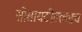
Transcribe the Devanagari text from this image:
सोसायटीतल्याच